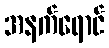
အနက်ရောင်